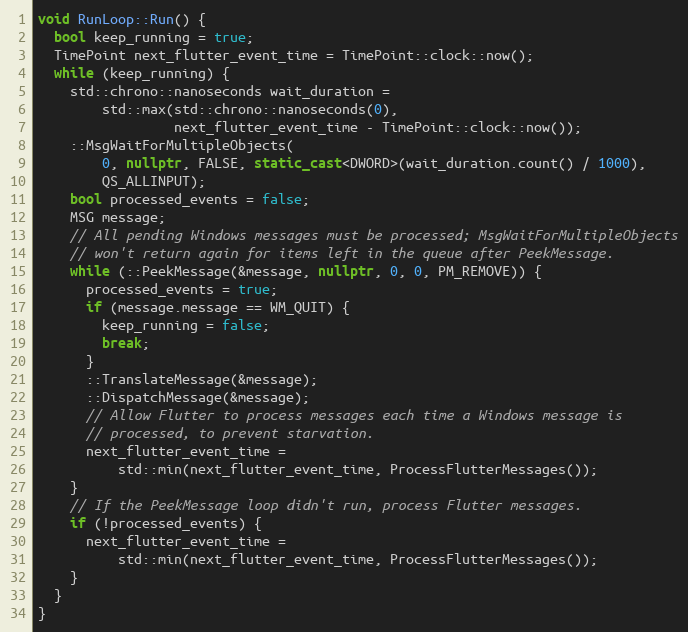
Language: C++
void RunLoop::Run() {
  bool keep_running = true;
  TimePoint next_flutter_event_time = TimePoint::clock::now();
  while (keep_running) {
    std::chrono::nanoseconds wait_duration =
        std::max(std::chrono::nanoseconds(0),
                 next_flutter_event_time - TimePoint::clock::now());
    ::MsgWaitForMultipleObjects(
        0, nullptr, FALSE, static_cast<DWORD>(wait_duration.count() / 1000),
        QS_ALLINPUT);
    bool processed_events = false;
    MSG message;
    // All pending Windows messages must be processed; MsgWaitForMultipleObjects
    // won't return again for items left in the queue after PeekMessage.
    while (::PeekMessage(&message, nullptr, 0, 0, PM_REMOVE)) {
      processed_events = true;
      if (message.message == WM_QUIT) {
        keep_running = false;
        break;
      }
      ::TranslateMessage(&message);
      ::DispatchMessage(&message);
      // Allow Flutter to process messages each time a Windows message is
      // processed, to prevent starvation.
      next_flutter_event_time =
          std::min(next_flutter_event_time, ProcessFlutterMessages());
    }
    // If the PeekMessage loop didn't run, process Flutter messages.
    if (!processed_events) {
      next_flutter_event_time =
          std::min(next_flutter_event_time, ProcessFlutterMessages());
    }
  }
}